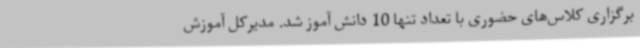
برگزاری کلاس‌های حضوری با تعداد تنها 10 دانش آموز شد. مدیرکل آموزش